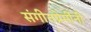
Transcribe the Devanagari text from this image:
संगीतप्रेमींनी